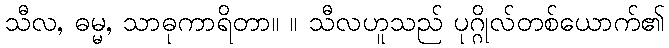
သီလ, ဓမ္မ, သာဓုကာရိတာ။ ။ သီလဟူသည် ပုဂ္ဂိုလ်တစ်ယောက်၏